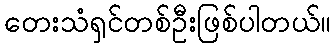
တေးသံရှင်တစ်ဦးဖြစ်ပါတယ်။